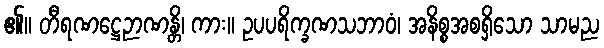
၏။ တီရဏဋ္ဌေဉာဏန္တိ၊ ကား။ ဥပပရိက္ခဏသဘာဝံ၊ အနိစ္စအစရှိသော သာမည